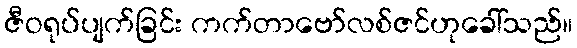
ဇီဝရုပ်ပျက်ခြင်း ကက်တာဗော်လစ်ဇင်ဟုခေါ်သည်။